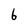
Character: 6